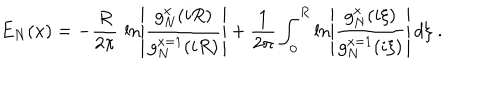
LaTeX: E _ { N } ( x ) = - { \frac { R } { 2 \pi } } \, \ln \left| { \frac { g _ { N } ^ { x } ( i R ) } { g _ { N } ^ { x = 1 } ( i R ) } } \right| + { \frac { 1 } { 2 \pi } } \int _ { 0 } ^ { R } \ln \left| { \frac { g _ { N } ^ { x } ( i \xi ) } { g _ { N } ^ { x = 1 } ( i \xi ) } } \right| \, d \xi \; .